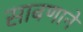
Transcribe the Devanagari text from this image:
साबणाने